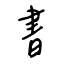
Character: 書